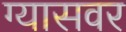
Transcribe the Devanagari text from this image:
ग्यासवर